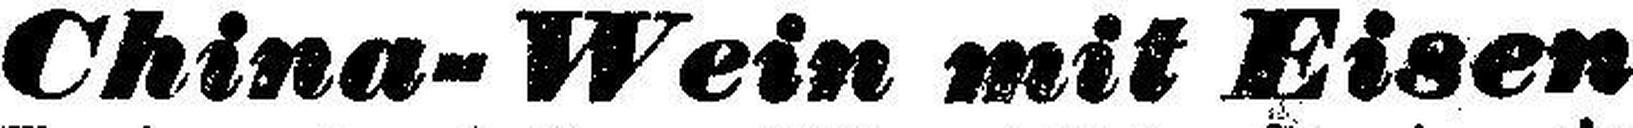
China- Wein mit Eisen